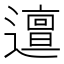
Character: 邅